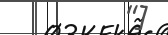
"]